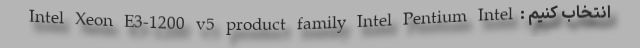
انتخاب کنیم : Intel Xeon E3-1200 v5 product family Intel Pentium Intel